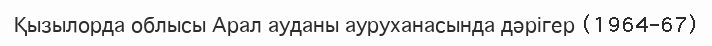
Қызылорда облысы Арал ауданы ауруханасында дәрігер (1964–67)